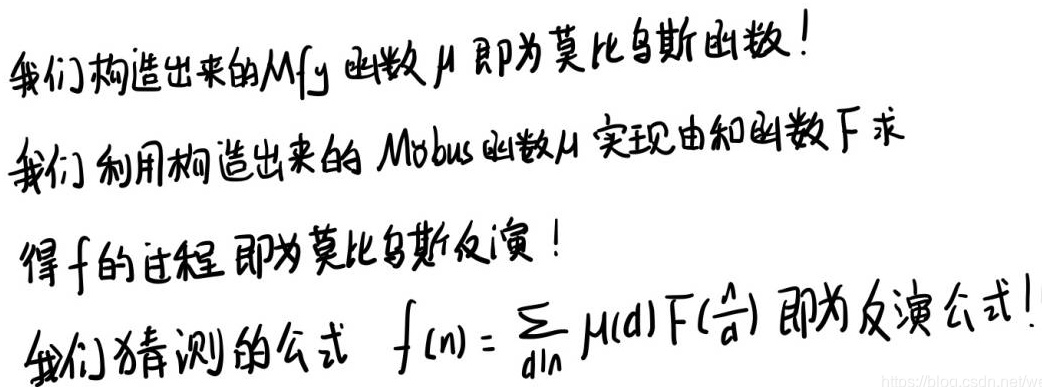
我们构造出来的\(Mfy\)函数\(\mu\) 即为莫比乌斯函数！我们利用构造出来的\(Mobius\)函数\(\mu\) 实现由和函数\(F\) 下求得\(f\)的过程即为莫比乌斯反演！我们猜测的公式 \(f(n)=\sum_{d|n}\mu(d)F(\frac{n}{d})\) 即为反演公式！